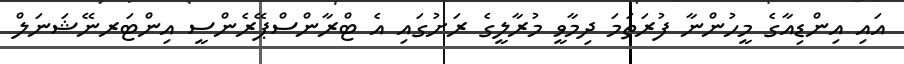
އައި އިންޑިއާގެ މީހުންނާ ފުރަތަމަ ދިމާވީ މުރާލީގެ ރަށުގައި އެ ޓްރާންސްޕޭރެންސީ އިންޓަރނޭޝަނަލް